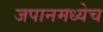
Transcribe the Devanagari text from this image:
जपानमध्येच